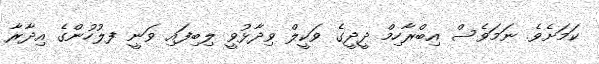
ކަމަށެވެ. ނަމަވެސް އިބްރާހިމް ދީދީގެ ވަކީލް ވިދާޅުވީ ލިބިފައި ވަނީ ފލުހުންގެ އިދާރާ